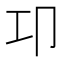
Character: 卭